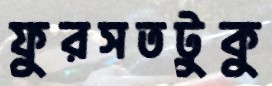
ফুরসতটুকু